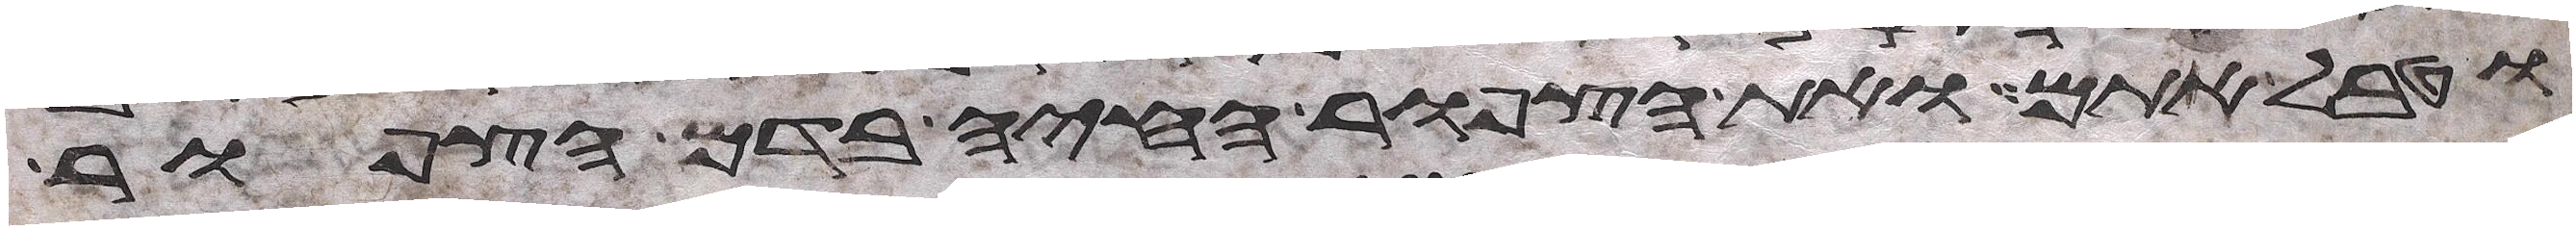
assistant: וטבל אתם ואת הצפור החיה בדם הצפור